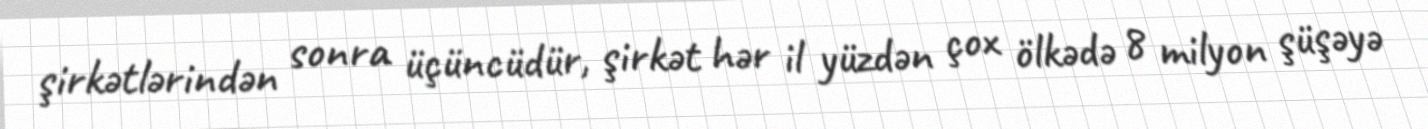
şirkətlərindən sonra üçüncüdür, şirkət hər il yüzdən çox ölkədə 8 milyon şüşəyə